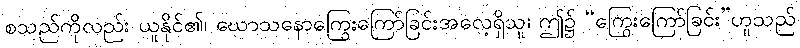
စသည်ကိုလည်း ယူနိုင်၏၊ ဃောသနောကြွေးကြော်ခြင်းအလေ့ရှိသူ၊ ဤ၌ “ကြွေးကြော်ခြင်း”ဟူသည်